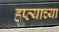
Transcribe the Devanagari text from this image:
हप्‍त्याच्या